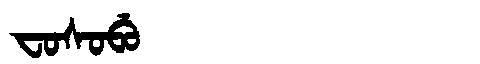
Manchu: ᠸᠣᠰᠣᠪᡠ
Romanization: FOSOBU